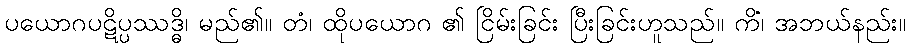
ပယောဂပဋိပ္ပဿဒ္ဓိ၊ မည်၏။ တံ၊ ထိုပယောဂ ၏ ငြိမ်းခြင်း ပြီးခြင်းဟူသည်။ ကိံ၊ အဘယ်နည်း။